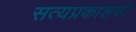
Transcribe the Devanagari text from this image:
सत्यप्रकाशची